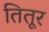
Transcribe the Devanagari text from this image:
तितूर